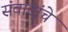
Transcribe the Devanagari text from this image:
संवादांचे